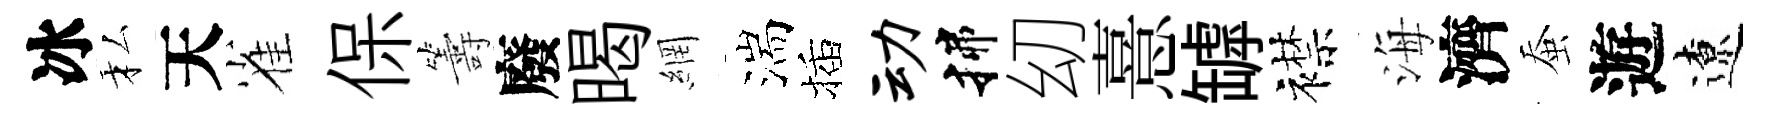
冰私天雀保籌廢暍網湍插动揲㓜憙罅襟海濟蚕遊遼